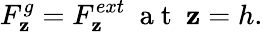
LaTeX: {{F}_{\mathbf{z}}^{g}}=F_{\mathbf{z}}^{ext}~{\mathrm{{~a~t~}}}~{{\mathbf{z}=h}}{.}